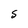
Character: S